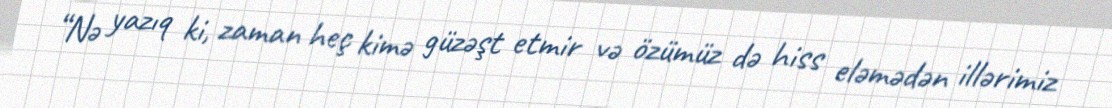
“Nə yazıq ki, zaman heç kimə güzəşt etmir və özümüz də hiss eləmədən illərimiz